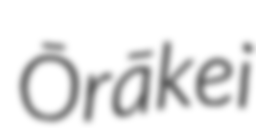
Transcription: Ōrākei